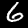
Label: 6